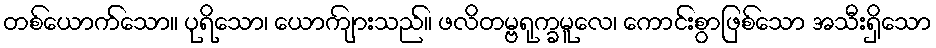
တစ်ယောက်သော။ ပုရိသော၊ ယောကျ်ားသည်။ ဖလိတမ္ဗရုက္ခမူလေ၊ ကောင်းစွာဖြစ်သော အသီးရှိသော